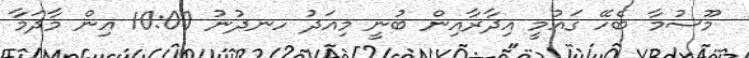
މޫސުމާ ބެހޭ ގައުމީ އިދާރާއިން ބުނީ މިއަދު ހނދުނު 10:00 އިން މާދަމާ